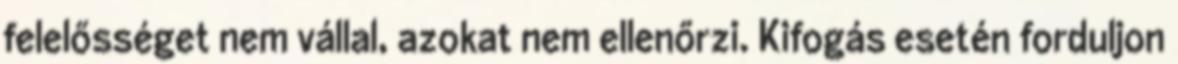
felelősséget nem vállal, azokat nem ellenőrzi. Kifogás esetén forduljon